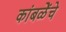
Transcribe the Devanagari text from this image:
कांबळेेंचे